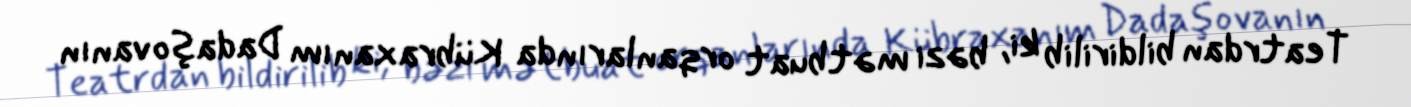
Teatrdan bildirilib ki, bəzi mətbuat orqanlarında Kübraxanım Dadaşovanın